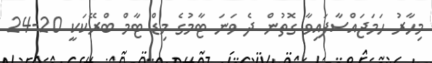
މިހާރު ހަމަޖައްސާފައިވާ ގޮތުން ދެ ވަނަ ޓާމުގެ މިޑް ޓާމް ބްރޭކަކީ 20-24